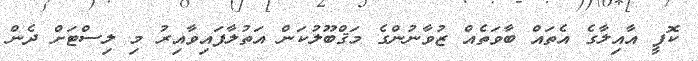
ކޮފީ އާއިލާގެ އެތައް ބާވަތެއް ޒުވާނުންގެ މަޤްބޫލުކަން އަތުލާފައިވާއިރު މި ލިސްޓަށް ދެން